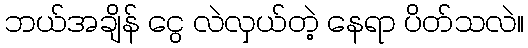
ဘယ်အချိန် ငွေ လဲလှယ်တဲ့ နေရာ ပိတ်သလဲ။